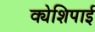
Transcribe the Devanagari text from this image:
क्येशिपाई